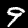
Label: 9